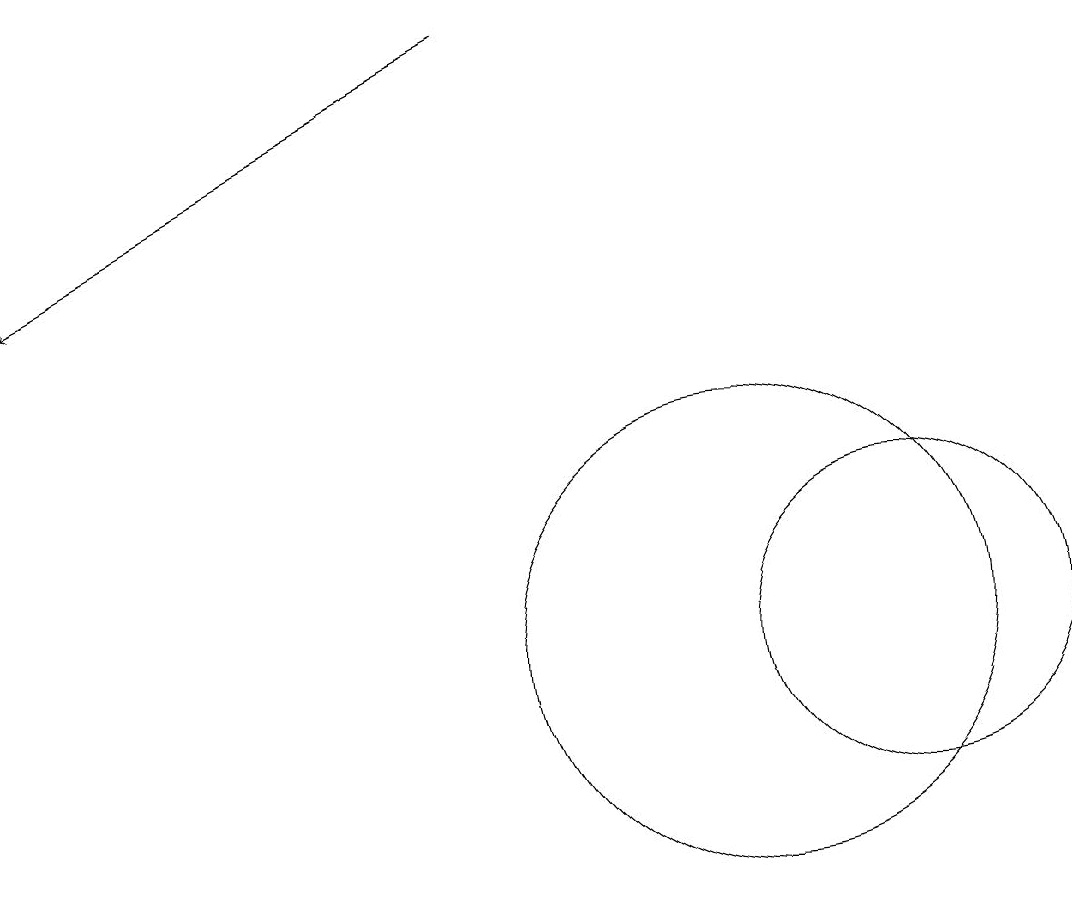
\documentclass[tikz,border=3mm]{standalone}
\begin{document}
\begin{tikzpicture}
\draw (10,11) circle (3);
\draw[->] (7,19) -- (1,16);
\draw (12,11) circle (2);
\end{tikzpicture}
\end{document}